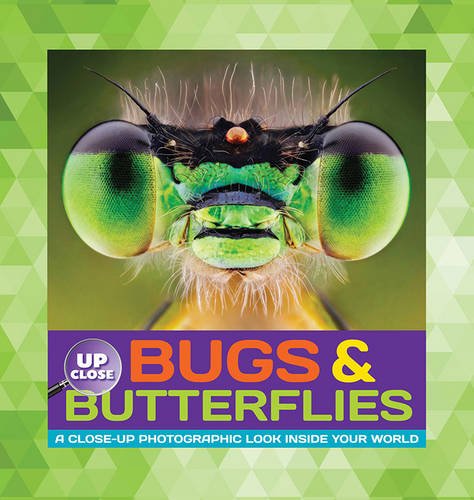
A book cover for Bugs & Butterflies: A close-up photographic look inside your world (Up Close); Heidi Fiedler; Children's Books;